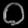
Digit: ၀